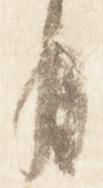
月